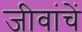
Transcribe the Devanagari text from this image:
जीवांचें